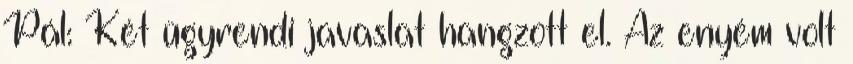
Pál: Két ügyrendi javaslat hangzott el. Az enyém volt